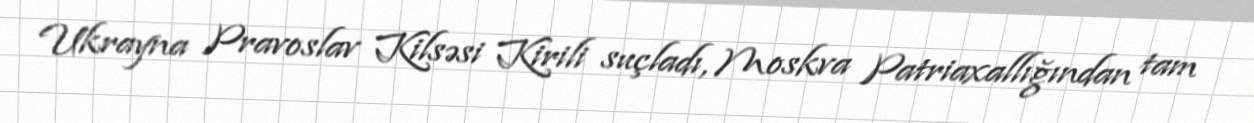
Ukrayna Pravoslav Kilsəsi Kirili suçladı, Moskva Patriaxallığından tam